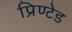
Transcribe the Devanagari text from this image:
प्रिण्टेड